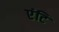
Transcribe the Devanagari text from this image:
एंटि